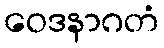
ဝေဒနာဂတံ